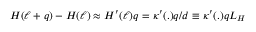
H ( \ell + q ) - H ( \ell ) \approx H ^ { \prime } ( \ell ) q = \kappa ^ { \prime } ( . ) q / d \equiv \kappa ^ { \prime } ( . ) q L _ { \cal H }